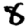
Digit: 8